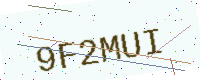
Text: 9F2MUI